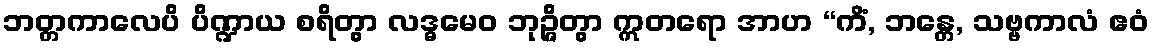
ဘတ္တကာလေပိ ပိဏ္ဍာယ စရိတွာ လဒ္ဓမေဝ ဘုဉ္ဇိတွာ ဣတရော အာဟ “ကိံ, ဘန္တေ, သဗ္ဗကာလံ ဧဝံ